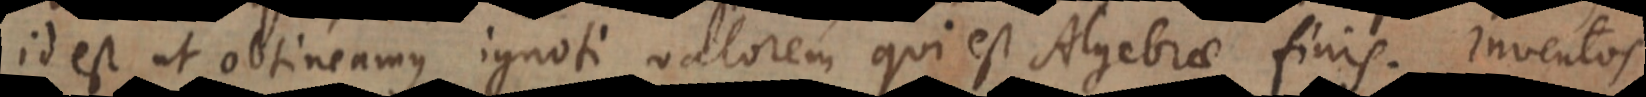
id est ut obtineamus ignoti valorem qui est Algebrae finis. Inventos